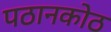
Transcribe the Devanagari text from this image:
पठानकोठ